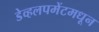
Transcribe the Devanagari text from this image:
डेव्हलपमेंटमधून